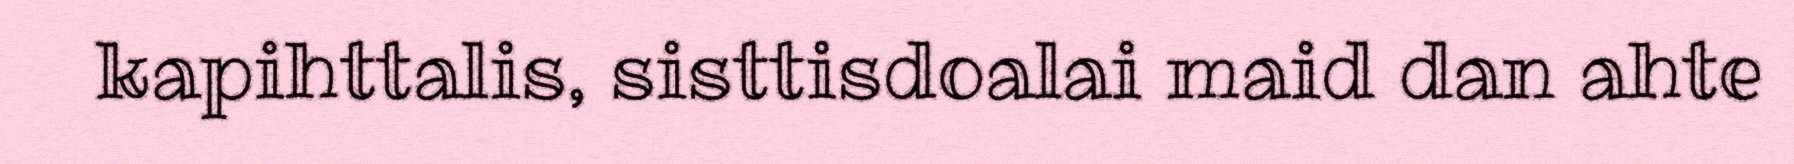
kapihttalis, sisttisdoalai maid dan ahte